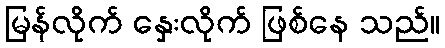
မြန်လိုက် နှေးလိုက် ဖြစ်နေ သည်။